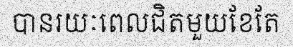
បានរយៈពេលជិតមួយខែតែ